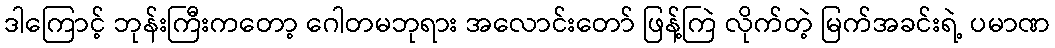
ဒါကြောင့် ဘုန်းကြီးကတော့ ဂေါတမဘုရား အလောင်းတော် ဖြန့်ကြဲ လိုက်တဲ့ မြက်အခင်းရဲ့ ပမာဏ